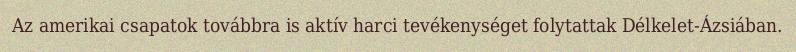
Az amerikai csapatok továbbra is aktív harci tevékenységet folytattak Délkelet-Ázsiában.